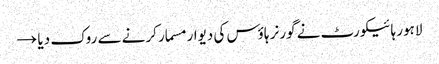
لاہور ہائیکورٹ نے گورنر ہاؤس کی دیوار مسمار کرنے سے روک دیا →